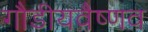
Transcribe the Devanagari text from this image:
गौडीयवैष्णव